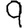
Digit: 9